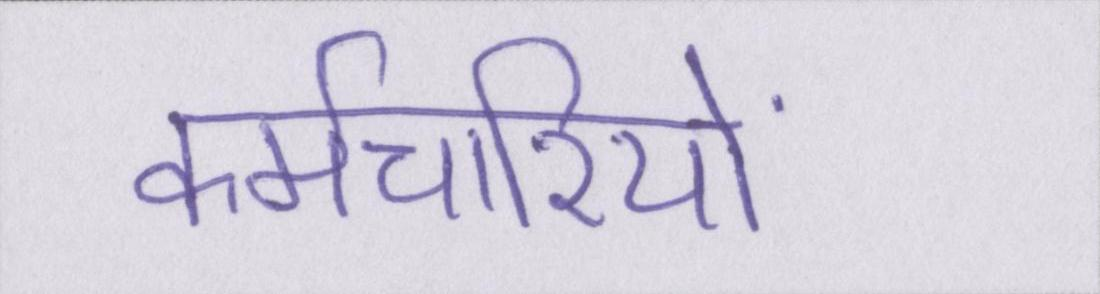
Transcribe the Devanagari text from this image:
कर्मचारियों